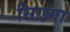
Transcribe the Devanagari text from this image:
सिएगा